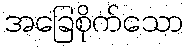
အခြေစိုက်သော